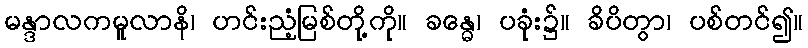
မန္ဒာလကမူလာနိ၊ ဟင်းညံ့မြစ်တို့ကို။ ခန္ဓေ၊ ပခုံး၌။ ခိပိတွာ၊ ပစ်တင်၍။